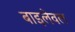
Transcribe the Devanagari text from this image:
बाइलेवल